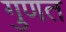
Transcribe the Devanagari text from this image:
गुणत